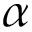
\alpha